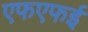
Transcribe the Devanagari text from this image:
एफएफई